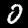
Label: 0